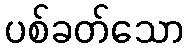
ပစ်ခတ်သော